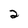
Character: 2